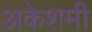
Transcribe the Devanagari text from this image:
अकेशमी